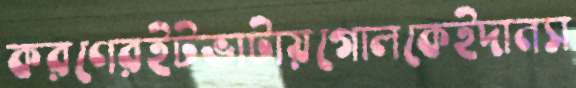
করণেরইটভাটায়গোলকেইদানস